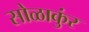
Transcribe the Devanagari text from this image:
सोळाकुंर